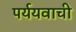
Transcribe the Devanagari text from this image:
पर्ययवाची